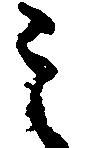
ミ